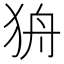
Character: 𰡌